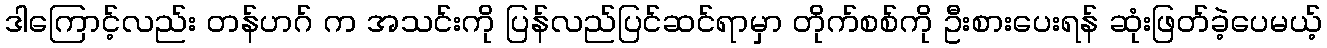
ဒါကြောင့်လည်း တန်ဟဂ် က အသင်းကို ပြန်လည်ပြင်ဆင်ရာမှာ တိုက်စစ်ကို ဦးစားပေးရန် ဆုံးဖြတ်ခဲ့ပေမယ့်